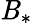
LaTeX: \mathit{B}_{*}